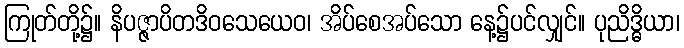
ကြုတ်တို့၌။ နိပဇ္ဇာပိတဒိဝသေယေဝ၊ အိပ်စေအပ်သော နေ့၌ပင်လျှင်။ ပုညိဒ္ဓိယာ၊